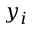
y _ { i }